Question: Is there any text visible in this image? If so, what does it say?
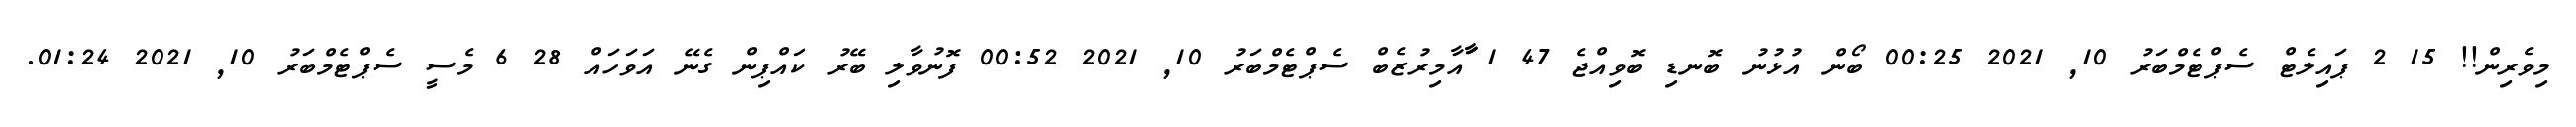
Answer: މިވެރިން!! 15 2 ޕައިލެޓް ސެޕްޓެމްބަރު 10, 2021 00:25 ބޯން އުޅުނު ބޮނޑި ބޮވިއްޖެ 47 1 ާަާއާމިރުޒެބް ސެޕްޓެމްބަރު 10, 2021 00:52 ފޮނުވާލި ބޭރު ކައްޕިން ގެނޭ އަވަހައް 28 6 މެސީ ސެޕްޓެމްބަރު 10, 2021 01:24.